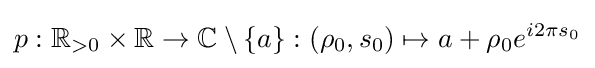
p:\mathbb {R} _{>0}\times \mathbb {R} \to \mathbb {C} \setminus \{a\}:(\rho _{0},s_{0})\mapsto a+\rho _{0}e^{i2\pi s_{0}}